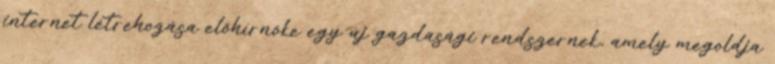
internet létrehozása előhírnöke egy új gazdasági rendszernek, amely megoldja